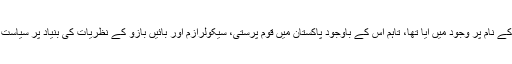
پاکستان اسلام کے نام پر وجود میں آیا تھا، تاہم اس کے باوجود پاکستان میں قوم پرستی، سیکولرازم اور بائیں بازو کے نظریات کی بنیاد پر سیاست کی جاتی ہے۔